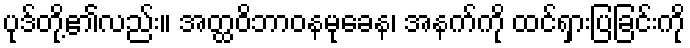
ပုဒ်တို့၏လည်း။ အတ္ထဝိဘာဝနမုခေန၊ အနက်ကို ထင်ရှားပြခြင်းကို